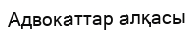
Адвокаттар алқасы